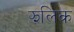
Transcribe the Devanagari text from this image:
झलिक